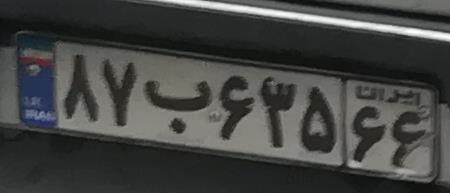
۸۷ب۶۳۵۶۶